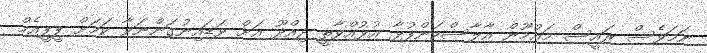
ނަމަވެސް ރައީސް މައުމޫން އާލާސްކަންފުޅާ އުޅުއްވާތީ ދިއްދޫ އަށް ވަޑައިނުގަންނަވާ ކަމަށް ޕީޕީއެމް